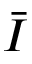
\bar { I }